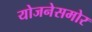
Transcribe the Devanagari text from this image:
योजनेसमोर